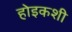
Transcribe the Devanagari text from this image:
होइकशी